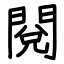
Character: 閱